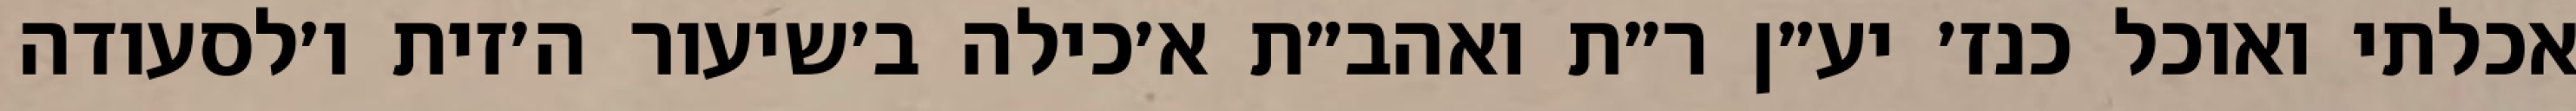
אכלתי ואוכל כנז׳ יע״ן ר״ת ואהב״ת א׳כילה ב׳שיעור ה׳זית ו׳לסעודה